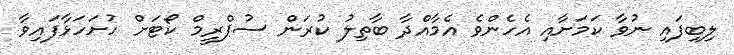
ލިބިފައި ނުވާ ކަމަށާއި އެހެންވެ އެމާއްދާ ބާތިލު ކުރަން ސުޕްރީމް ކޯޓަށް ހުށަހަޅާފައިވާ